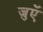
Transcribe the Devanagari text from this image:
जुएॅ